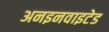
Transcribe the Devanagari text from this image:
अनइनवाइटेड